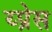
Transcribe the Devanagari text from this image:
य्प्रेस